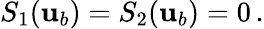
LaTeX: S_{1}({\mathbf{u}}_{b})=S_{2}({\mathbf{u}}_{b})=0\, .